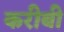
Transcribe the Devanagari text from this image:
करीबी